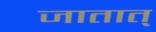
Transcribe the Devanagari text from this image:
जातात्